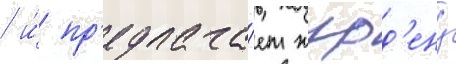
/ и́ пр'едлага́ет журд'ену